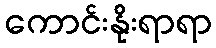
ကောင်းနိုးရာရာ